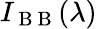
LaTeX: I_{\mathrm{~B~B~}}(\lambda)